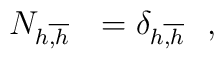
N_{h\overline{,h}\ \ }=\delta _{h\overline{,h}\ \ },